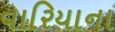
વારિયાના